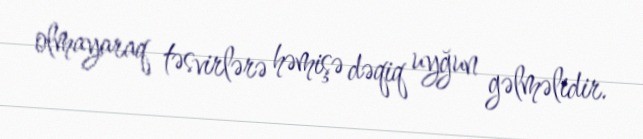
olmayaraq təsvirlərə həmişə dəqiq uyğun gəlməlidir.